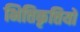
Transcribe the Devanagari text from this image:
भित्तिकृत्तियों